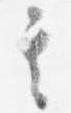
其